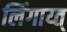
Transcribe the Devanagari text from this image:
लिंगाय्त्